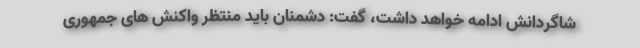
شاگردانش ادامه خواهد داشت، گفت: دشمنان باید منتظر واکنش های جمهوری